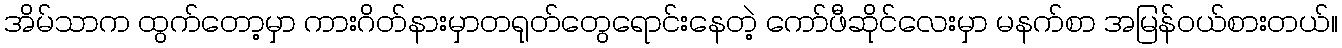
အိမ်သာက ထွက်တော့မှာ ကားဂိတ်နားမှာတရုတ်တွေရောင်းနေတဲ့ ကော်ဖီဆိုင်လေးမှာ မနက်စာ အမြန်ဝယ်စားတယ်။